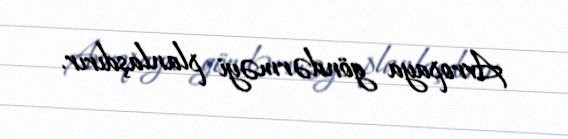
Avropaya göndərməyi planlaşdırır.